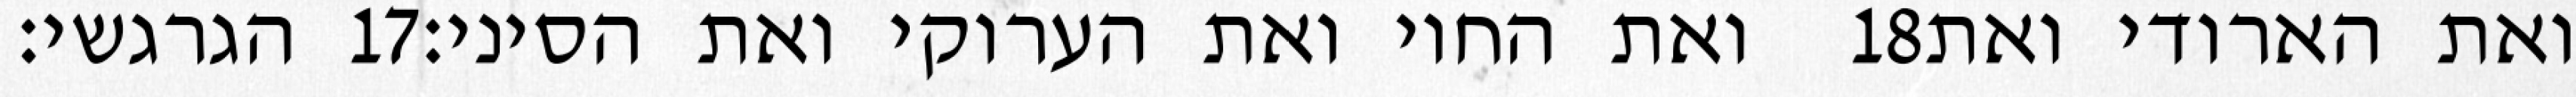
הגרגשי׃ ‎17‏ ואת החוי ואת הערוקי ואת הסיני׃ ‎18‏ ואת הארודי ואת